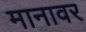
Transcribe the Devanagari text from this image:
मानावर